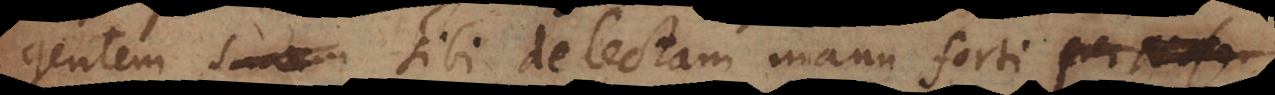
gentem suam sibi delectam manu forti